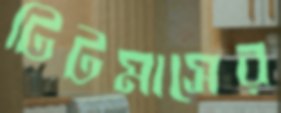
টিটমাসের